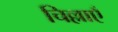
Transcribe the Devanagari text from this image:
चिल्लाएँ